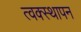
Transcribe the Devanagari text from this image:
त्वक्स्थापन